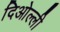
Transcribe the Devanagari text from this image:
दिओल्ली